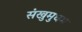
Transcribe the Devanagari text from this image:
संखुमुघम